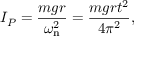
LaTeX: I _ { P } = { \frac { m g r } { \omega _ { \mathrm { n } } ^ { 2 } } } = { \frac { m g r t ^ { 2 } } { 4 \pi ^ { 2 } } } ,